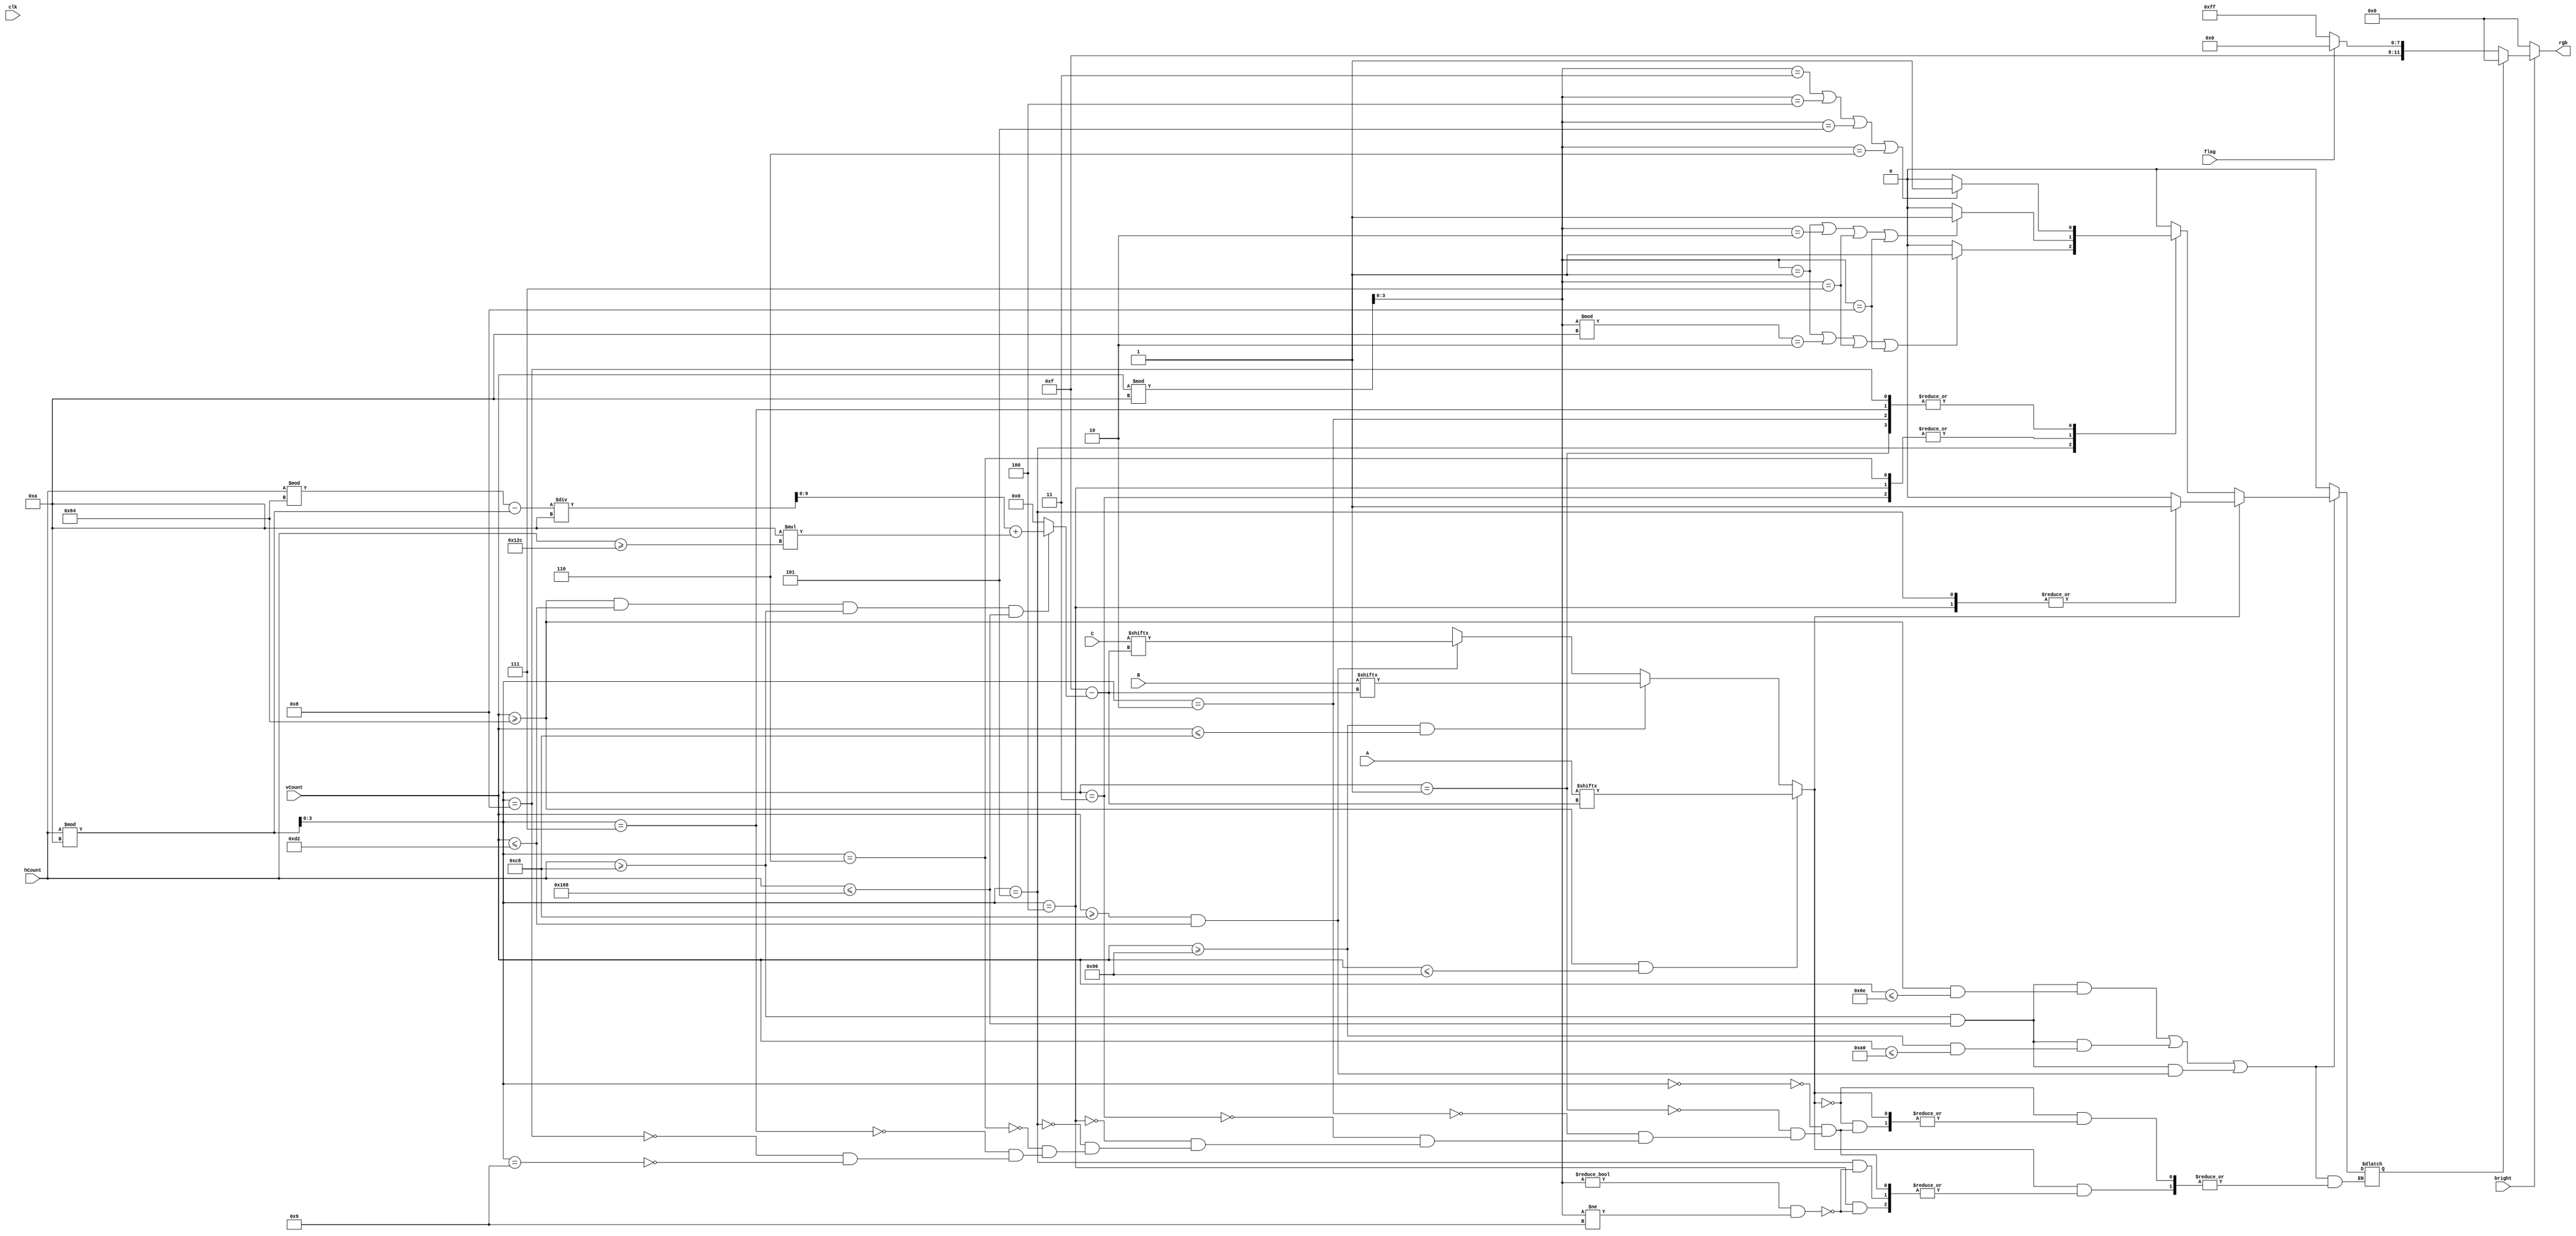
`timescale 1ns / 1ps

module calculator_output(
	input clk,             // Sys clk, display_controller.v handles vga sync
	input bright,
	input [9:0] hCount, vCount,
	input [15:0] A, B, C,
	input flag,            // Error or overflow state flag
	output reg [11:0] rgb
   );
    
    wire Ablock, Bblock, Cblock;
    
	reg block_fill;
	reg digit;
	wire [9:0] arrayPos;
	reg [9:0] CorrPos;
	wire [3:0] row, col;
	
	parameter BLK   = 12'b0000_0000_0000;			// Black text
	reg [11:0] background; // White normally or light red if in error state
	
	// Start positions for A, B, and C fields on VGA
	parameter AVert = 10'd100;
	parameter BVert = 10'd150;
	parameter CVert = 10'd200;
	
	// Horizontal start position for each block of text
	parameter hStartPos = 10'd200;
	parameter hEndPos = 10'd360;
	
	
	
	/*when outputting the rgb value in an always block like this, make sure to include the if(~bright) statement, as this ensures the monitor 
	will output some data to every pixel and not just the images you are trying to display*/
	always@ (*) begin
    	if(~bright )	//force black if not inside the display area
			rgb = BLK;
		else if (block_fill == 1)
			rgb = BLK; 
		else	
			rgb = background;
	end
	
	
	always@(*) 
	begin: Number_Selection_From_Array
		// Select array position based on horizontal position on VGA monitor
		// Each digit location is 10x10 pixels (8x8 for digit, and 1 pixel on each side for spacing)
		
		CorrPos = 15 - arrayPos; // Display MSB on left and LSB on right
		
		if ((vCount >= AVert) && (vCount <= BVert))
			digit = A[CorrPos];
			
		else if ((vCount >= BVert) && (vCount <= CVert))
			digit = B[CorrPos];
			
		else if ((vCount >= CVert) && (vCount <= CVert + 10))
			digit = C[CorrPos];
		
		else
			digit = 1'bx;
	
	end
	
	
	always@(*)
	begin
	   if (Ablock || Bblock || Cblock)
	   begin
		// if in pixel 4 or 5 of a text block row, and digit is "1", fill block
		   if (digit == 1)
		   begin
			   case (col)
			
			    10'd0:
			    	block_fill <= 0;
			
			    10'd1:
				    block_fill <= 0;
			
			    10'd2:
				    block_fill <= 0;
				
			    10'd3:
				    block_fill <= 0;
				
			    10'd4:
			        if((row != 0) && (row != 9))
				        block_fill <= 1;
			
			    10'd5:
			        if((row != 0) && (row != 9))
				        block_fill <= 1;
			
			    10'd6:
				    block_fill <= 0;
			
 			    10'd7:
				    block_fill <= 0;
				
			    10'd8:
     				block_fill <= 0;
			
			    10'd9:
				    block_fill <= 0;
			    endcase
			end	
		
		
			// Logic for writing a 0
		    else if (digit == 0)
		    begin
			    case (col)
			
			    10'd0:
				    block_fill <= 0;
			
			    10'd1:
					if ((row == 3) || (row == 4) || (row == 5) || (row == 6))
						block_fill <= 1;
					else
						block_fill <= 0;
			
			    10'd2:
					if ((row == 3) || (row == 4) || (row == 5) || (row == 6))
						block_fill <= 1;
					else
						block_fill <= 0;
				
			    10'd3:
					if ((row == 1) || (row == 2) || (row == 7) || (row == 8))
						block_fill <= 1;
						
					else
						block_fill <= 0;
				
			    10'd4:
					if ((row == 1) || (row == 2) || (row == 7) || (row == 8))
						block_fill <= 1;
						
					else
						block_fill <= 0;
			
			    10'd5:
					if ((row == 1) || (row % 10 == 2) || (row == 7) || (row == 8))
						block_fill <= 1;
						
					else
						block_fill <= 0;
			
			    10'd6:
					if ((row == 1) || (row == 2) || (row == 7) || (row == 8))
						block_fill <= 1;
						
					else
						block_fill <= 0;
			
			    10'd7:
					if ((row == 3) || (row == 4) || (row == 5) || (row == 6))
						block_fill <= 1;
					else
						block_fill <= 0;
				
			    10'd8:
					if ((row == 3) || (row == 4) || (row == 5) || (row == 6))
						block_fill <= 1;
					else
						block_fill <= 0;
			
			    10'd9:
				    block_fill <= 0;
			    endcase
			end
		end
		else
		    block_fill <= 0;
	end
	
	
	// Check if hCount and vCount within the A, B, or C blocks
	assign Ablock = ((hCount >= hStartPos) && (hCount <= hEndPos)) && ((vCount >= AVert) && (vCount <= (AVert + 10)));
	assign Bblock = ((hCount >= hStartPos) && (hCount <= hEndPos)) && ((vCount >= BVert) && (vCount <= (BVert + 10)));
	assign Cblock = ((hCount >= hStartPos) && (hCount <= hEndPos)) && ((vCount >= CVert) && (vCount <= (CVert + 10)));
	// Pick array value based on hCount and vCount, only usable in specific A, B, C blocks. Assign 0 if outside of blocks
	assign arrayPos = ((vCount >= AVert) && (vCount <= CVert + 10) && (hCount >= hStartPos) && (hCount <= hEndPos)) ? 
					  ((((hCount % 100) - (hCount % 10)))/10 + (10*(hCount >= 300))) : 0;
					  
	assign col = (hCount % 10);
	assign row = (vCount % 10);
	
		always@(*) 
		begin
			if(flag == 1)
				background <= 12'b1111_0000_0000; // Light red on error code
			else 
				background <= 12'b1111_1111_1111;	// White normally			
		end
	
	
	
	 /*
	 Ascii Representations of 1 and 0:
	 
	 * = fill
	 - = empty
	 
	 0: 
		----------
		---****---
	    ---****---
		-**----**-
		-**----**-
		-**----**-
		-**----**-
		---****---
		---****---
		----------
	 1:
		----------
		----**----
		----**----
		----**----
		----**----
		----**----
		----**----
		----**----
		----**----
		----------
	 
	 */


endmodule